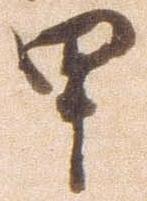
甲